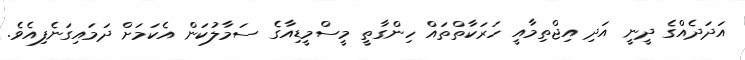
އަދަދެއްގެ ދީނީ އަދި އިޖްތިމާއީ ހަރަކާތްތައް ހިންގާތީ މީސްމީޑިއާގެ ސަމާލުކަން އެކަމަށް ދަމައިގަނެފިއެވެ.